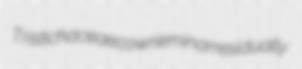
Tristichaceae cowrie minar residually